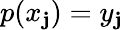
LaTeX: p(x_{\mathbf{j}})=y_{\mathbf{j}}